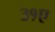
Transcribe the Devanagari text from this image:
३१ए